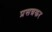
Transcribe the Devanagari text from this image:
प्रसन्नकर